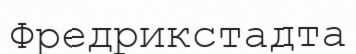
Фредрикстадта